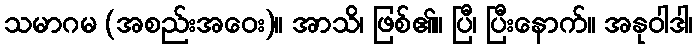
သမာဂမ (အစည်းအဝေး)။ အာသိ၊ ဖြစ်၏။ ပြီ၊ ပြီးနောက်။ အနုဝါဒါ၊